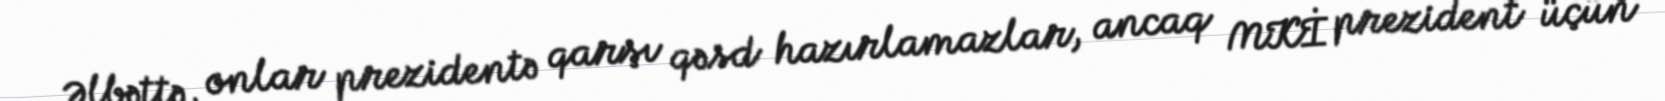
Əlbəttə, onlar prezidentə qarşı qəsd hazırlamazlar, ancaq MKİ prezident üçün